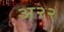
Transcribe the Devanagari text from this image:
अ२२